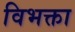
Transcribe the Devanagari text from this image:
विभक्ता